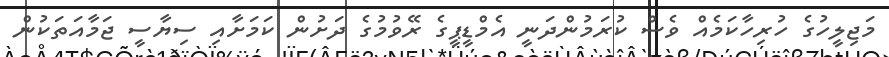
މަޖިލީހުގެ ހުރިހާކަމެއް ވެސް ކުރަމުންދަނީ އެމްޑީޕީގެ ރޭވުމުގެ ދަށުން ކަމަށާއި ސިޔާސީ ޖަމާއަތަކުން